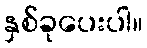
နှစ်ခုပေးပါ။